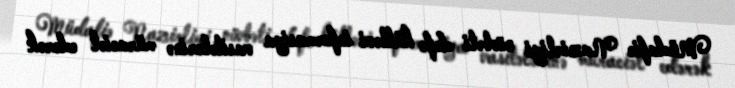
Müdafiə Nazirliyi növbəti dəfə kütləvi informasiya vasitələrinə müraciət edərək